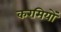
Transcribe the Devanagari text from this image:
करमियों